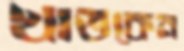
খাতকেন